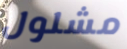
مشلول